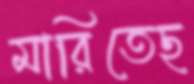
মারিতেছ